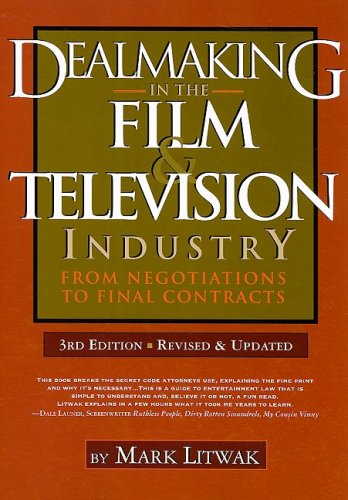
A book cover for Dealmaking in the Film & Television Industry: From Negotiations to Final Contracts, 3rd Ed.; Mark Litwak; Humor & Entertainment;